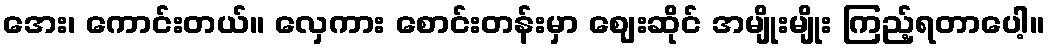
အေး၊ ကောင်းတယ်။ လှေကား စောင်းတန်းမှာ ဈေးဆိုင် အမျိုးမျိုး ကြည့်ရတာပေါ့။